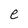
Character: e